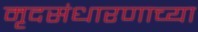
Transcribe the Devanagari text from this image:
मृदसंधारणाच्या